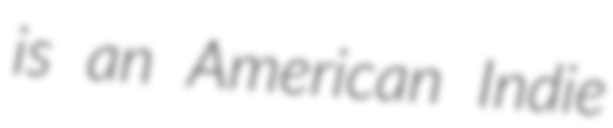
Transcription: is an American Indie